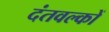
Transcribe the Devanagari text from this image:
दंतवल्कों